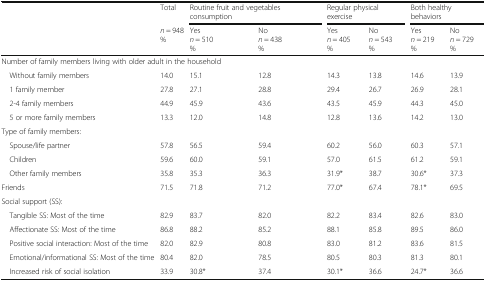
<table><thead><tr><td rowspan="2"></td><td><b>Total</b></td><td colspan="2"><b>Routine fruit and vegetables consumption</b></td><td colspan="2"><b>Regular physical exercise</b></td><td colspan="2"><b>Both healthy behaviors</b></td></tr><tr><td><b><i>n</i> = 948%</b></td><td><b>Yes<i>n</i> = 510%</b></td><td><b>No<i>n</i> = 438%</b></td><td><b>Yes<i>n</i> = 405%</b></td><td><b>No<i>n</i> = 543%</b></td><td><b>Yes<i>n</i> = 219%</b></td><td><b>No<i>n</i> = 729%</b></td></tr></thead><tbody><tr><td colspan="8">Number of family members living with older adult in the household</td></tr><tr><td> Without family members</td><td>14.0</td><td>15.1</td><td>12.8</td><td>14.3</td><td>13.8</td><td>14.6</td><td>13.9</td></tr><tr><td> 1 family member</td><td>27.8</td><td>27.1</td><td>28.8</td><td>29.4</td><td>26.7</td><td>26.9</td><td>28.1</td></tr><tr><td> 2-4 family members</td><td>44.9</td><td>45.9</td><td>43.6</td><td>43.5</td><td>45.9</td><td>44.3</td><td>45.0</td></tr><tr><td> 5 or more family members</td><td>13.3</td><td>12.0</td><td>14.8</td><td>12.8</td><td>13.6</td><td>14.2</td><td>13.0</td></tr><tr><td colspan="8">Type of family members:</td></tr><tr><td> Spouse/life partner</td><td>57.8</td><td>56.5</td><td>59.4</td><td>60.2</td><td>56.0</td><td>60.3</td><td>57.1</td></tr><tr><td> Children</td><td>59.6</td><td>60.0</td><td>59.1</td><td>57.0</td><td>61.5</td><td>61.2</td><td>59.1</td></tr><tr><td> Other family members</td><td>35.8</td><td>35.3</td><td>36.3</td><td>31.9*</td><td>38.7</td><td>30.6*</td><td>37.3</td></tr><tr><td>Friends</td><td>71.5</td><td>71.8</td><td>71.2</td><td>77.0*</td><td>67.4</td><td>78.1*</td><td>69.5</td></tr><tr><td colspan="8">Social support (SS):</td></tr><tr><td> Tangible SS: Most of the time</td><td>82.9</td><td>83.7</td><td>82.0</td><td>82.2</td><td>83.4</td><td>82.6</td><td>83.0</td></tr><tr><td> Affectionate SS: Most of the time</td><td>86.8</td><td>88.2</td><td>85.2</td><td>88.1</td><td>85.8</td><td>89.5</td><td>86.0</td></tr><tr><td> Positive social interaction: Most of the time</td><td>82.0</td><td>82.9</td><td>80.8</td><td>83.0</td><td>81.2</td><td>83.6</td><td>81.5</td></tr><tr><td> Emotional/informational SS: Most of the time</td><td>80.4</td><td>82.0</td><td>78.5</td><td>80.5</td><td>80.3</td><td>81.3</td><td>80.1</td></tr><tr><td> Increased risk of social isolation</td><td>33.9</td><td>30.8*</td><td>37.4</td><td>30.1*</td><td>36.6</td><td>24.7*</td><td>36.6</td></tr></tbody></table>